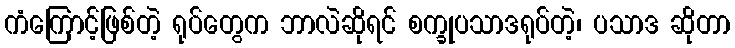
ကံကြောင့်ဖြစ်တဲ့ ရုပ်တွေက ဘာလဲဆိုရင် စက္ခုပသာဒရုပ်တဲ့၊ ပသာဒ ဆိုတာ